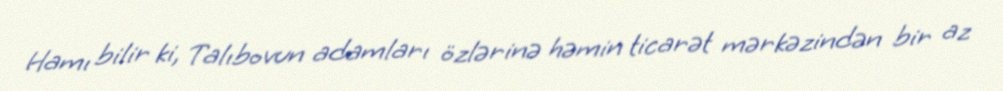
Hamı bilir ki, Talıbovun adamları özlərinə həmin ticarət mərkəzindən bir az